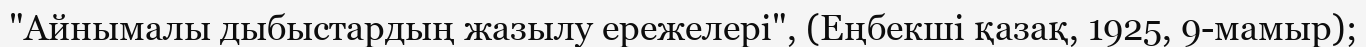
"Айнымалы дыбыстардың жазылу ережелері", (Еңбекші қазақ, 1925, 9-мамыр);